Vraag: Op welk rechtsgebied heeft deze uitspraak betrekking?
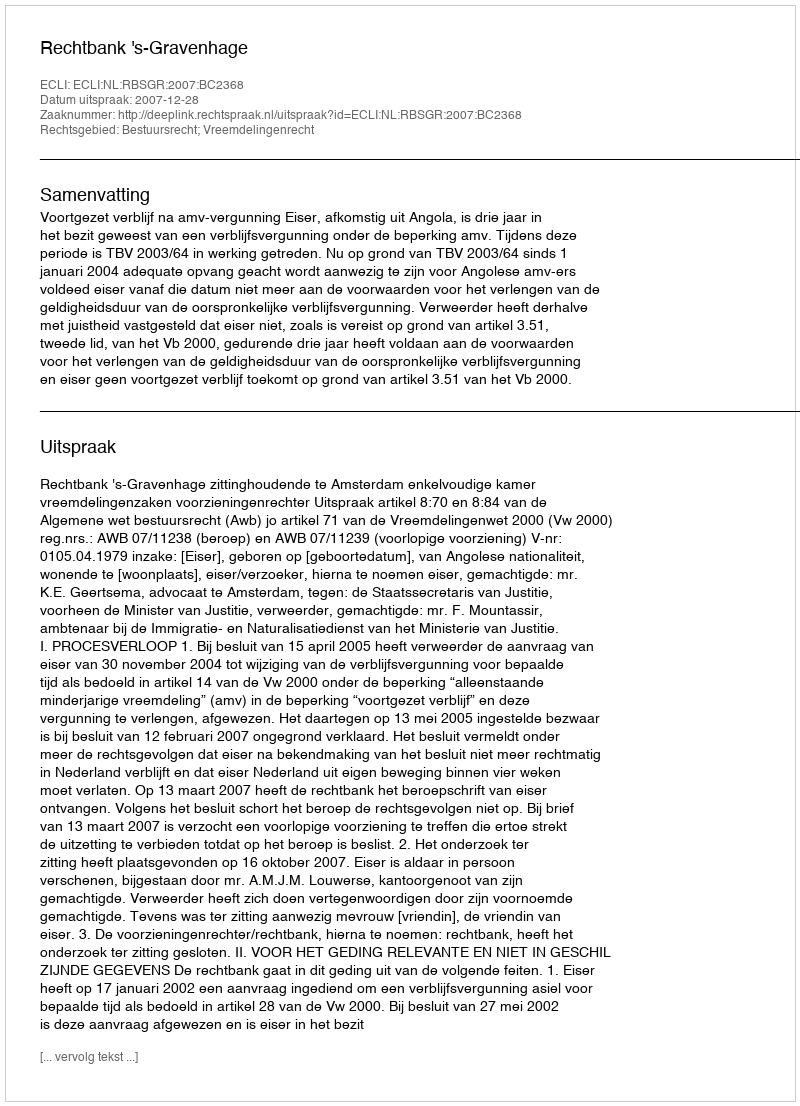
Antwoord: Bestuursrecht; Vreemdelingenrecht